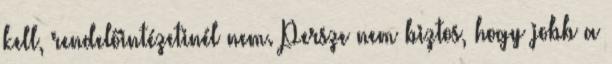
kell, rendelőintézetinél nem. Persze nem biztos, hogy jobb a